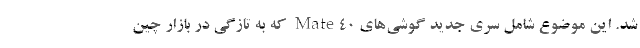
شد. این موضوع شامل سری جدید گوشی‌های Mate40 که به تازگی در بازار چین